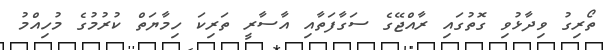
ތޯރިގު ވިދާޅުވި ގޮތުގައި ރާއްޖޭގެ ސަގާފަތާއި އާސާރީ ތަރިކަ ހިމާޔަތް ކުރުމުގެ މުހިއްމު